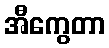
အီကွေတာ